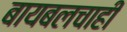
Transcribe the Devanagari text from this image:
बायबलचाही